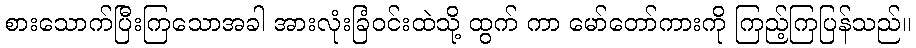
စားသောက်ပြီးကြသောအခါ အားလုံးခြံဝင်းထဲသို့ ထွက် ကာ မော်တော်ကားကို ကြည့်ကြပြန်သည်။